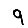
Digit: 9